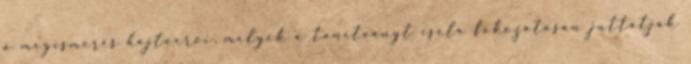
a megismerés hajtóerői, melyek a tanítványt cséla fokozatosan juttatják